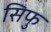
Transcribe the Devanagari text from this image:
सिफु